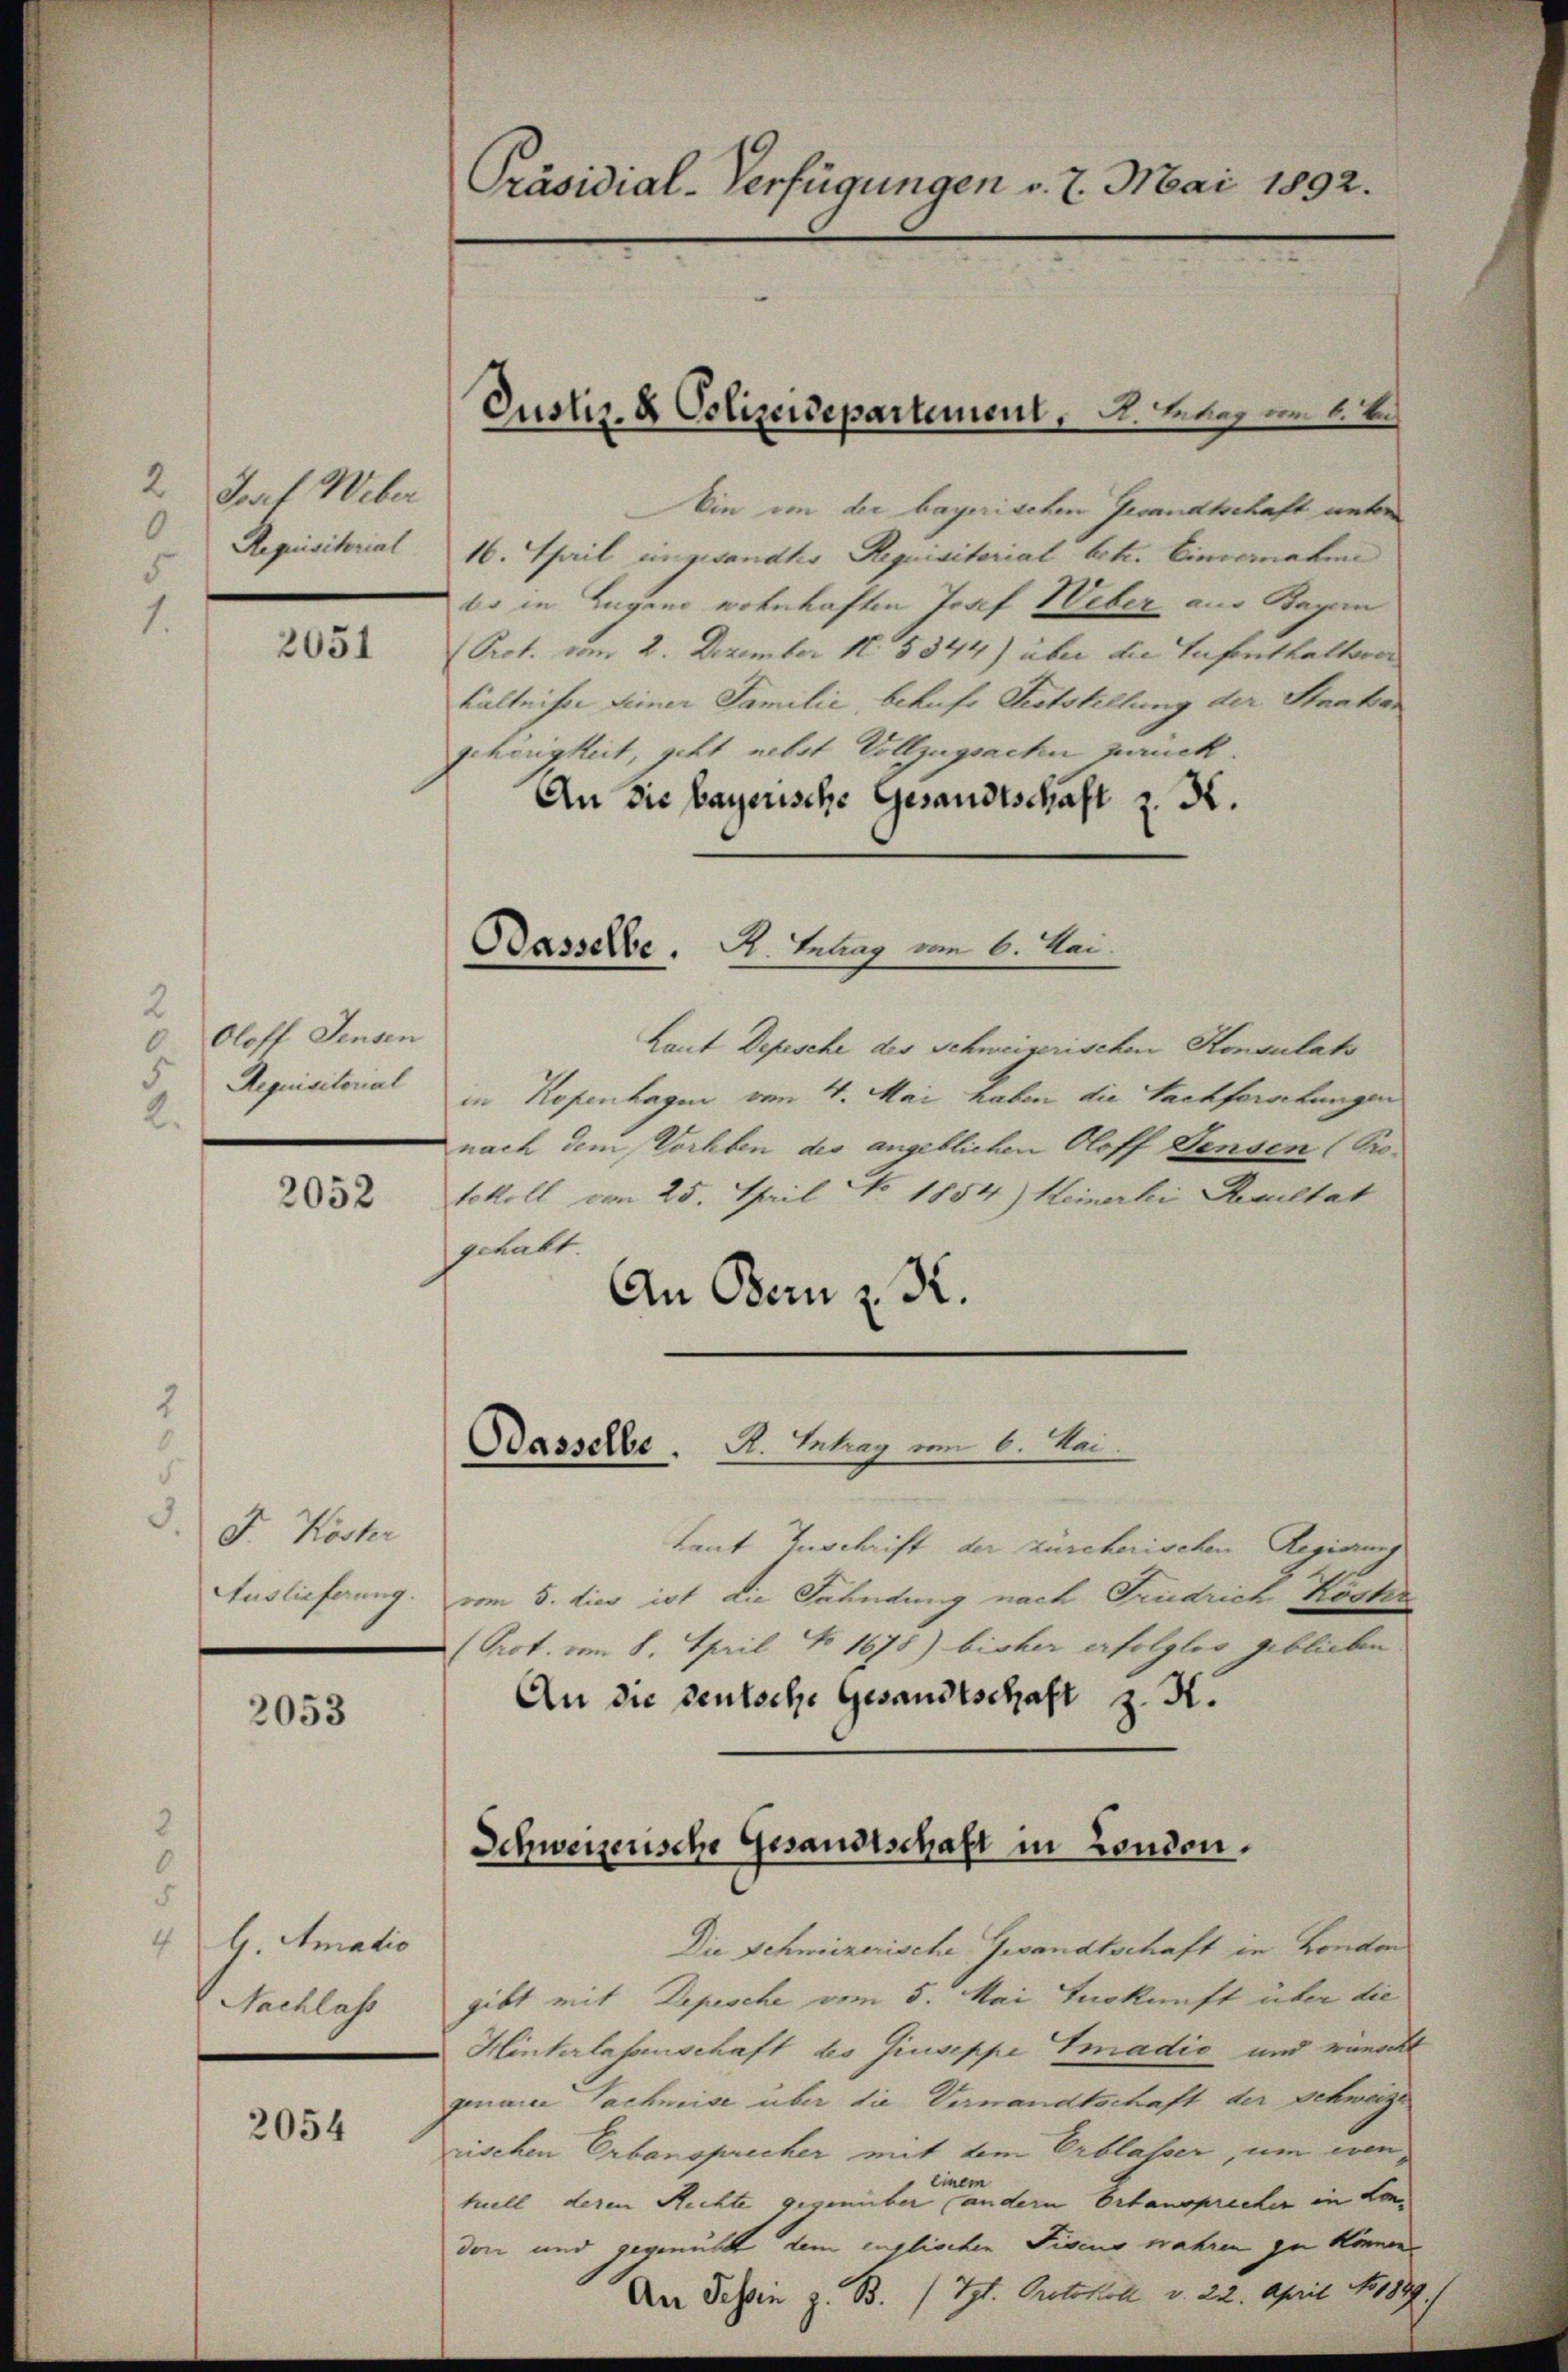
2 Torf Weber
0
Requisitorial

2051

Oloff densen
Requisitorial
l.

2052

3. d. Koster
Auslieferung.

2053

4b. Amatio
Nachlass

2054

Präsidial-Verfügungen v. 7. Mai 1892.

Ein von der bayerischen Gesandtschaft unter
16. April eingesandte Requisitorial betr. Einvernahme
bo in Lugano wohnhaften Josef Weber aus Bayern
Prot. vom 2. Dezember N. 5344) über die Aufenthaltsver
hältnisse seiner Familie, behufs Gststellung der Staatsan
gehörigkeit, geht nebst Vollzugsache zurück.
An die bayerische Gesandtschaft z. K.

Laut Depesche des Schmeizerischen Konsulats
in Kopenhagen vom 4. Mai haben die Sachforschungen
nach dem Vorheben des angeblichen Oloff densen (Protokoll von 25. Thail No 1854) Keinerli Facultat
gehalt.
An Bern z. R.
Dasselbe . A. Intrag vom 6. Mai.
Laut Zuschrift der zürcherischen Regierung
vom 5. dies ist die Fahndung nach Grudrich Köster
Prot. vom 8. April No 1678) bisher erfolglos geblieben
An die deutsche Gesandtschaft z. K.
Die Schweizerische Gesandtschaft in London
gibt mit Depesche vom 5. Mai Tuskunft über die
Hinterlassenschaft des Giuseppe Smadio und wünsch
genaue Sachweise über die Vernandtschaft der Schweize
rischen Erbansprecher mit dem Erblasser, um ein
einem
hull deren Rechte gegenüber andern Ertansprecher in London und gegenübt dem englischen Fiscus wahren zu können
An Tessin z. B. H. Rector.

Dasselbe. H. Betrag vom 6. Mai.

Schweizerische Gesandtschaft in Landen.

il No 1889.)